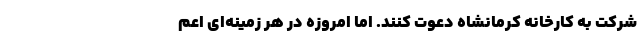
شرکت به کارخانه کرمانشاه دعوت کنند. اما امروزه در هر زمینه‌ای اعم